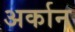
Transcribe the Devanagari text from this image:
अर्कान